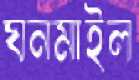
ঘনমাইল